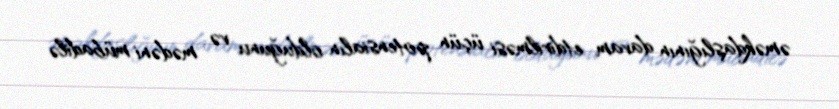
əməkdaşlığının davam etdirilməsi üçün potensialın olduğunu və mədəni mübadilə